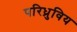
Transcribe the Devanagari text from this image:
परिध्रुविय